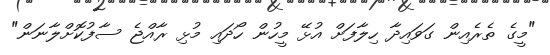
"މީގެ ތެރެއިން ގަވައިދާ ހިލާފަށް އުޅޭ މީހުން ހޯދައި މުޅި ރާއްޖެ ސާފުކޮށްލާނަން"